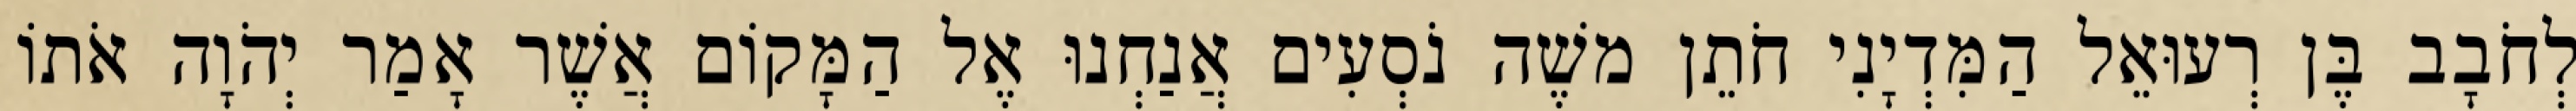
לְחֹבָב בֶּן רְעוּאֵל הַמִּדְיָנִי חֹתֵן משֶׁה נֹסְעִים אֲנַחְנוּ אֶל הַמָּקוֹם אֲשֶׁר אָמַר יְהֹוָה אֹתוֹ